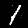
Label: 1